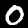
Digit: 0